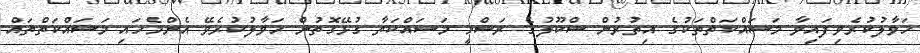
ހަވާލުކުރެވިފައިވާ މަސައްކަތްތަކުގެ އިތުރުން ސްކޫލުގެ ރަސްމީ މަސައްކަތާ ގުޅޭގޮތުން ހަވާލުކުރެވޭ އެންމެހައި މަސައްކަތްތައް